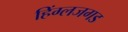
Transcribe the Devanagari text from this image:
हिंग्लजगड